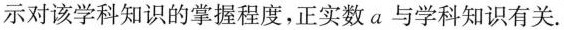
示对该学科知识的掌握程度，正实数a与学科知识有关.